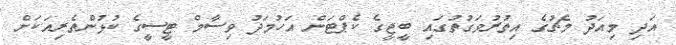
އަދި މިއަދު މެޗުގެ އިތުރުވަގުތުގައި ބީޖީގެ ކެޕްޓަން އަހުމަދު ވިސާމް ޓީސީގެ ކުޅުންތެރިއަކަށް